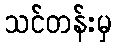
သင်တန်းမှ